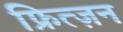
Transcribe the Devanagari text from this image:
फ्रित्ज़न